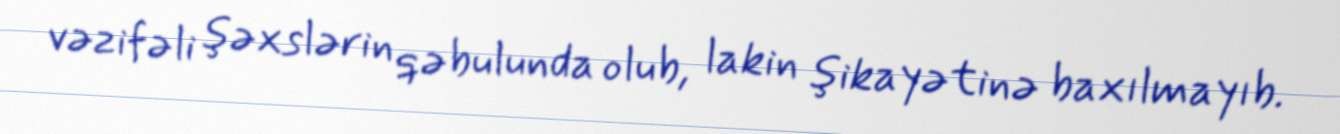
vəzifəli şəxslərin qəbulunda olub, lakin şikayətinə baxılmayıb.